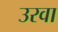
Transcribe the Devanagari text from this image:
उरवा